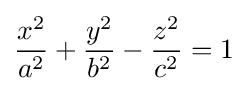
{x^{2} \over a^{2}}+{y^{2} \over b^{2}}-{z^{2} \over c^{2}}=1